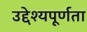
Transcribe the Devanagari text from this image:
उद्देश्यपूर्णता